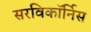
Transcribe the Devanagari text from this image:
सरविकॉर्निस